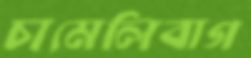
চামেলিবাগ